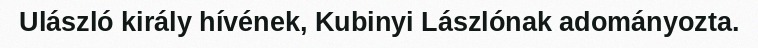
Ulászló király hívének, Kubinyi Lászlónak adományozta.